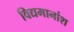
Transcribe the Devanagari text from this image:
विद्यमानांश